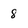
Character: 8